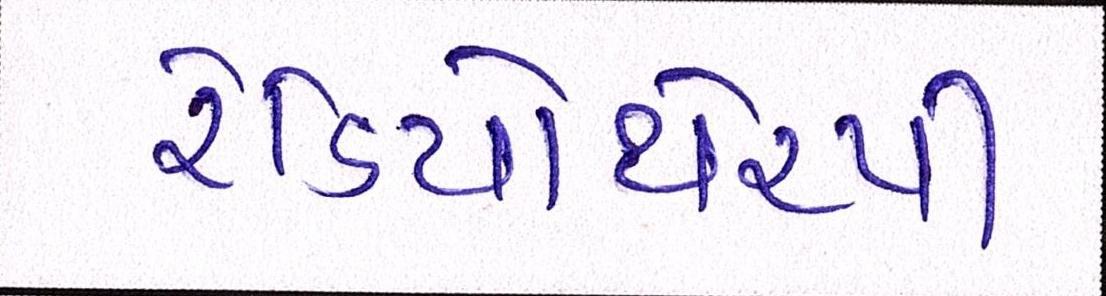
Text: રેડિયોથેરપી